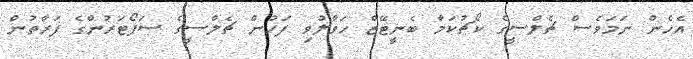
އެހެން ނަމަވެސް ޗެލްސީގެ ކޯޗުކަމާ ބެނީޓޭޒް ހަވާލުވި ފަހުން ޗެލްސީގެ ސަޕޯޓަރުންގެ ފަރާތުން